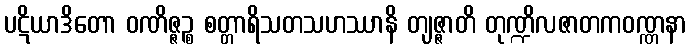
ပဋိယာဒိတော ဝဏိဇ္ဇဉ္စ စတ္တာရိသတသဟဿာနိ တျဇ္ဇာတိ တုဏ္ဍိလဇာတကဝဏ္ဏနာ